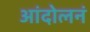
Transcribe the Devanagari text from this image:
आंदोलनं